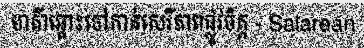
មាគ៌ាឆ្ពោះទៅកាន់សេរីភាពផ្លូវចិត្ត - Salarean